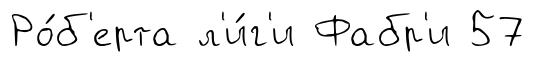
Ро́б'ерта л'и́г'и Фабр'и 57